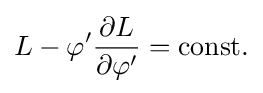
L-\varphi '{\frac {\partial L}{\partial \varphi '}}={\text{const.}}